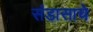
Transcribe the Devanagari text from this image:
संडासाचे